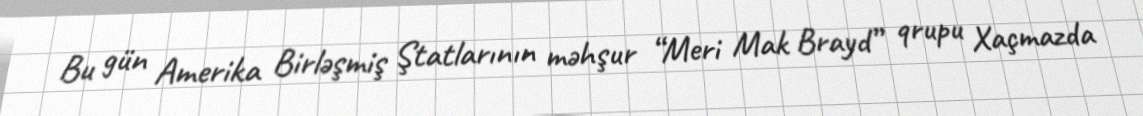
Bu gün Amerika Birləşmiş Ştatlarının məhşur “Meri Mak Brayd” qrupu Xaçmazda